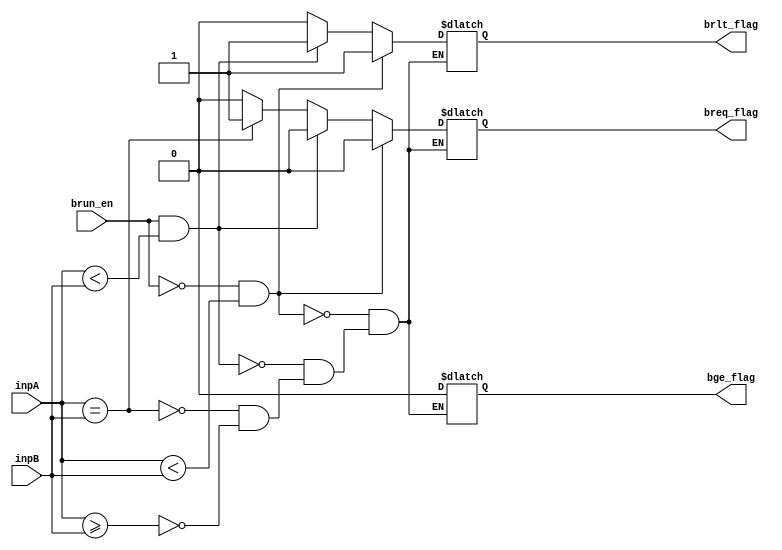
module branch_comparator(
input [31:0] inpA,
input [31:0] inpB,
input brun_en,
output reg breq_flag,
output reg brlt_flag,
output reg bge_flag
);

always @(*)
begin
  if (inpA == inpB) begin
     breq_flag <= 1;
     brlt_flag <= 0;
     bge_flag <= 0;
  end

  else if (inpA >= inpB) begin
     breq_flag <= 0;
     brlt_flag <= 0;
     bge_flag <= 0;
  end

  if ((brun_en == 1) && $unsigned(inpA) < $unsigned(inpB)) begin
     breq_flag <= 0;
     brlt_flag <= 1;
     bge_flag <= 0;
  end

  if ((brun_en == 0) && $signed(inpA) < $signed(inpB)) begin
     breq_flag <= 0;
     brlt_flag <= 1;
     bge_flag <= 0;
  end

end
endmodule